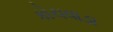
કોચવાડા